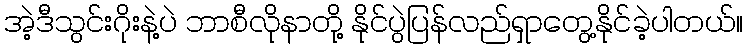
အဲ့ဒီသွင်းဂိုးနဲ့ပဲ ဘာစီလိုနာတို့ နိုင်ပွဲပြန်လည်ရှာတွေ့နိုင်ခဲ့ပါတယ်။